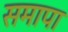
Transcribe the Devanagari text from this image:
समापा